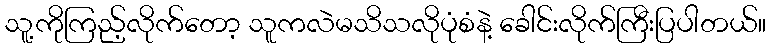
သူ့ကိုကြည့်လိုက်တော့ သူကလဲမသိသလိုပုံစံနဲ့ ခေါင်းလိုက်ကြီးပြပါတယ်။